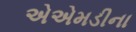
એએમડીના